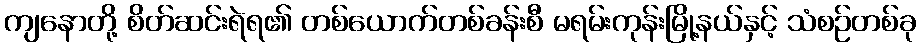
ကျနောတို့ စိတ်ဆင်းရဲရ၏ တစ်ယောက်တစ်ခန်းစီ မရမ်းကုန်းမြို့နယ်နှင့် သံစဉ်တစ်ခု